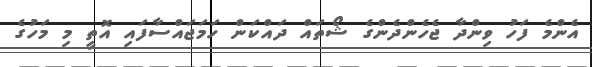
އެންމެ ފަހު ވިންދާ ޖެހެންދެންގެ ޝޯތައް ދައްކަން ހަމަޖައްސާފައި އޮތީ މި މަހުގެ